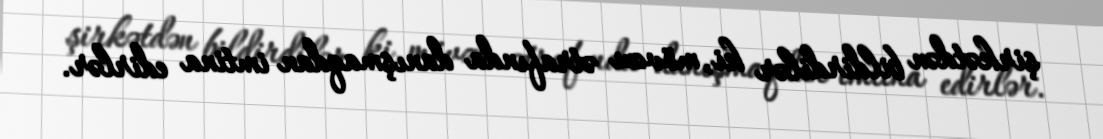
şirkətdən bildirdilər ki, mövzu ətrafında danışmaqdan imtina edirlər.